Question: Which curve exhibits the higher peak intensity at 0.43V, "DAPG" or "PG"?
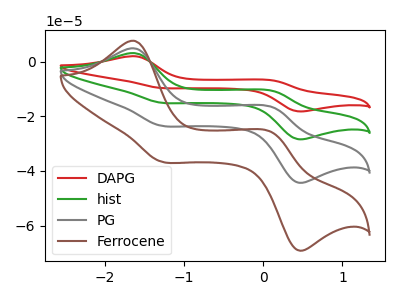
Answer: <think>The red curve "DAPG" has anodic peaks at (-1.65V, 14.75uA) (0.10V, -50.00uA) and cathodic peaks at (-1.30V, -70.10uA) (0.45V, -132.45uA). The green curve "hist" has anodic peaks at (-1.65V, 9.80uA) (0.10V, -33.30uA) and cathodic peaks at (-1.30V, -46.75uA) (0.45V, -88.30uA). The gray curve "PG" has anodic peaks at (-1.65V, 4.90uA) (0.10V, -16.65uA) and cathodic peaks at (-1.30V, -23.35uA) (0.45V, -44.15uA). The brown curve "Ferrocene" has anodic peaks at (-1.65V, 7.65uA) (0.10V, -26.00uA) and cathodic peaks at (-1.30V, -36.45uA) (0.45V, -68.85uA).</think>
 <answer>The peak at 0.43V is higher in "DAPG" than in "PG".</answer>
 <eval>higher</eval>